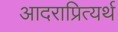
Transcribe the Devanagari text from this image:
आदराप्रित्यर्थ